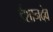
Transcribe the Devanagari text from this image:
ईशानदेव